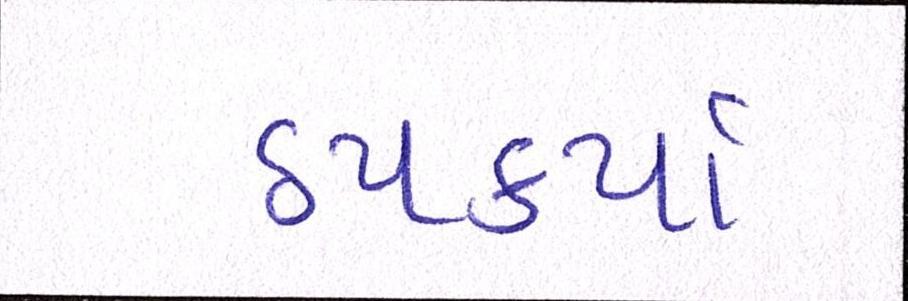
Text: ઠપકર્યા